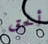
ألحق